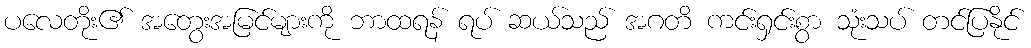
ပလေတိုး၏ အတွေးအမြင်များကို ဘာထရန် ရပ် ဆယ်သည် အဂတိ ကင်းရှင်းစွာ သုံးသပ် တင်ပြနိုင်